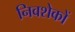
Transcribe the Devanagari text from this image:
निवशेकों